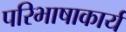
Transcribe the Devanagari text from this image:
परिभाषाकार्य